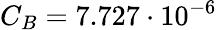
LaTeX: C_{B}=7.727\cdot 10^{-6}